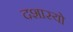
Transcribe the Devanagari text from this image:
दशास्यो